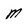
Character: M